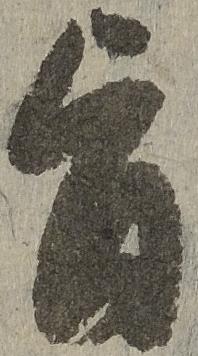
旨